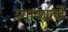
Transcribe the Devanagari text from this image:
रयाकार्लो